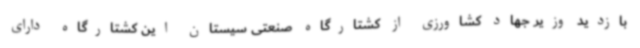
بازدید وزیر جهاد کشاورزی از کشتارگاه صنعتی سیستان این کشتارگاه دارای